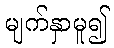
မျက်နှာမူ၍